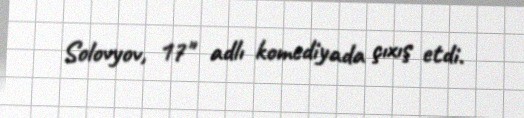
Solovyov, 17" adlı komediyada çıxış etdi.